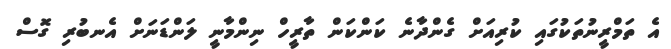
އެ ތަމްރީނުތަކުގައި ކުރިއަށް ގެންދާނެ ކަންކަން ތާރީހް ނިންމާނީ ލަންޑަނަށް އެނބުރި ގޮސް